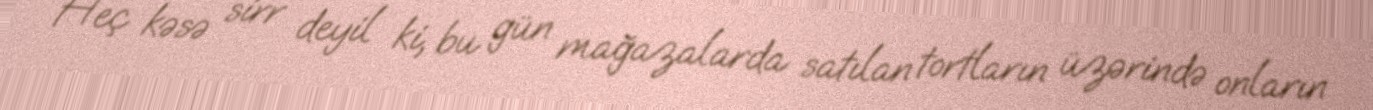
Heç kəsə sirr deyil ki, bu gün mağazalarda satılan tortların üzərində onların